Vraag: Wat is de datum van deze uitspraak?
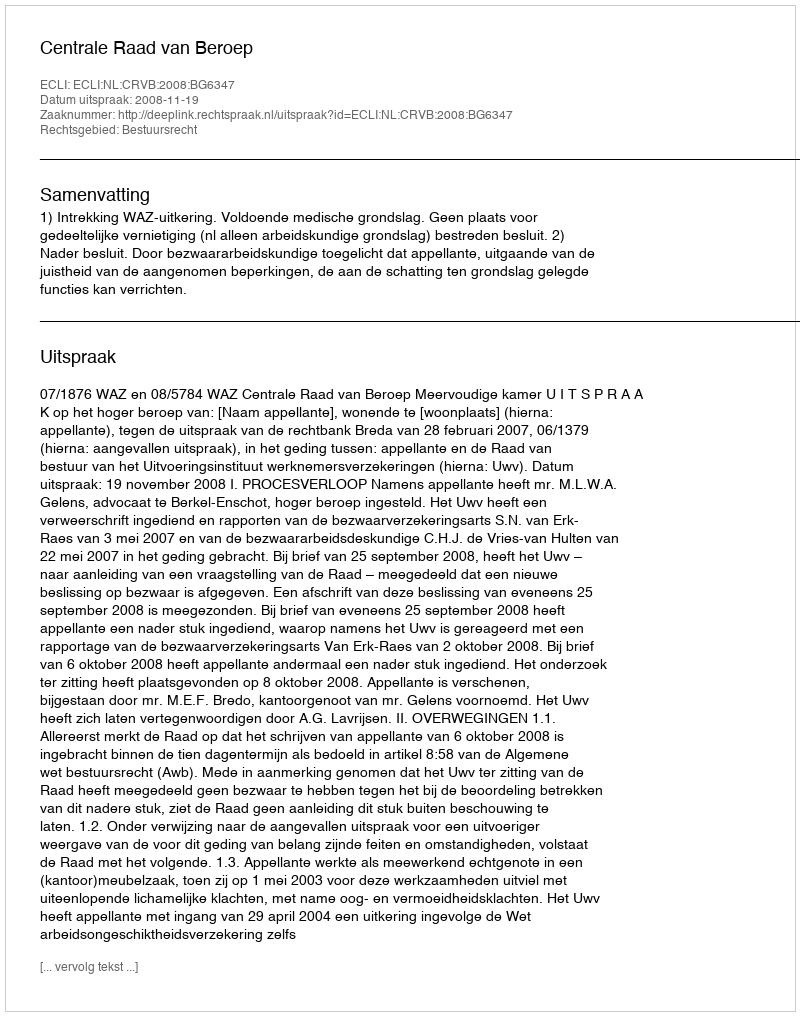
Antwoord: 2008-11-19